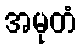
အမုတံ